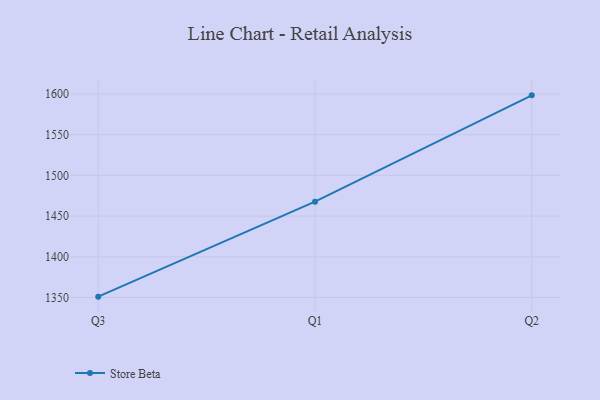
{"axis": {"x": "Quarter", "y": "LTV (USD)"}, "legend": ["Store Beta"], "data": [{"x": "Q3", "y": 1351.1, "type": "Store Beta"}, {"x": "Q1", "y": 1467.7, "type": "Store Beta"}, {"x": "Q2", "y": 1598.3, "type": "Store Beta"}]}